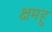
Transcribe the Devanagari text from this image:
क्षमहु